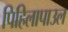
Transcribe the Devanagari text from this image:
पिहिलापाउल